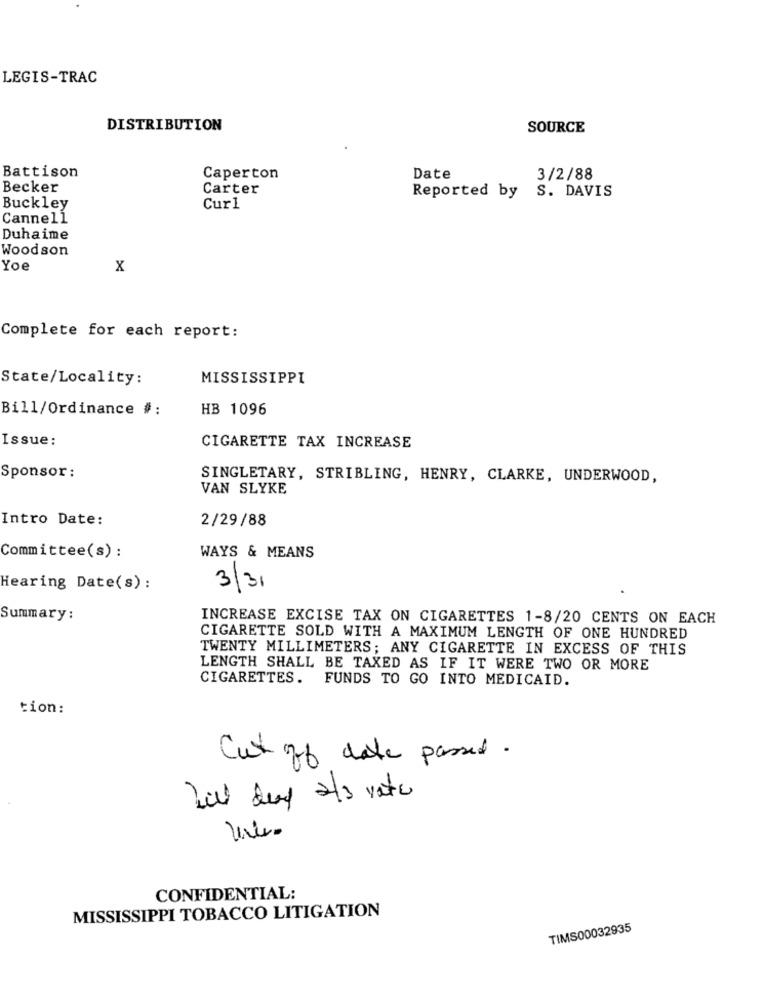
LEGIS-TRAC
DISTRIBUTION
SOURCE
Battison
Caperton
Date
3/2/88
Becker
Carter
Reported by S. DAVIS
Buckley
Cur1
Cannell
Duhaime
Woodson
Yoe
X
Complete for each report:
State/Locality:
MISSISSIPPI
Bill/Ordinance #:
HB 1096
Issue:
CIGARETTE TAX INCREASE
Sponsor:
SINGLETARY, STRIBLING, HENRY, CLARKE, UNDERWOOD,
VAN SLYKE
Intro Date:
2/29/88
Committee(s) :
WAYS & MEANS
Hearing Date(s) :
3/31
Summary :
INCREASE EXCISE TAX ON CIGARETTES 1-8/20 CENTS ON EACH
CIGARETTE SOLD WITH A MAXIMUM LENGTH OF ONE HUNDRED
TWENTY MILLIMETERS; ANY CIGARETTE IN EXCESS OF THIS
LENGTH SHALL BE TAXED AS IF IT WERE TWO OR MORE
CIGARETTES. FUNDS TO GO INTO MEDICAID.
tion:
Cut off date passed.
Del day 2/3 vata
CONFIDENTIAL:
MISSISSIPPI TOBACCO LITIGATION
TIMS00032935